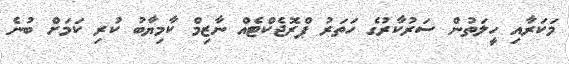
މަކަރާއި ހީލަތުން ސަރުކާރުގެ ހަތަރު ޕްރޮޖެކްޓެއް ނާޒިމް ކާމިޔާބު ކުރި ކަމަށް ބުނެ